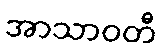
အာသာဝတီ